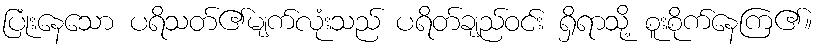
ပြုံးနေသော ပရိသတ်၏မျက်လုံးသည် ပရိတ်ချည်ဝင်း ရှိရာသို့ စူးစိုက်နေကြ၏။